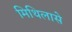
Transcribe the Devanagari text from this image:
मिथिलासे